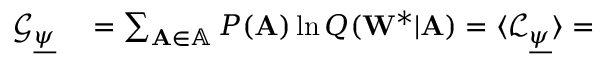
\begin{array} { r l } { \mathcal { G } _ { \underline { { \psi } } } } & { { } = \sum _ { \mathbf { A } \in \mathbb { A } } P ( \mathbf { A } ) \ln Q ( \mathbf { W } ^ { * } | \mathbf { A } ) = \langle \mathcal { L } _ { \underline { { \psi } } } \rangle = } \end{array}